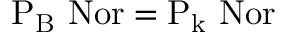
\mathrm { P _ { B } \ N o r = P _ { k } \ N o r }